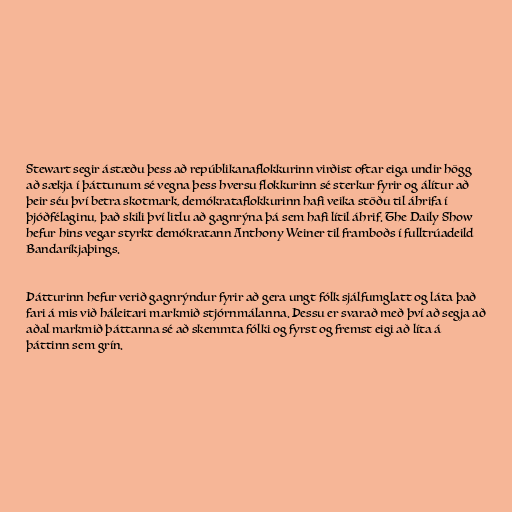
Stewart segir ástæðu þess að repúblikanaflokkurinn virðist oftar eiga undir högg
að sækja í þáttunum sé vegna þess hversu flokkurinn sé sterkur fyrir og álítur að
þeir séu því betra skotmark, demókrataflokkurinn hafi veika stöðu til áhrifa í
þjóðfélaginu, það skili því litlu að gagnrýna þá sem hafi lítil áhrif. The Daily Show
hefur hins vegar styrkt demókratann Anthony Weiner til framboðs í fulltrúadeild
Bandaríkjaþings.

Þátturinn hefur verið gagnrýndur fyrir að gera ungt fólk sjálfumglatt og láta það
fari á mis við háleitari markmið stjórnmálanna. Þessu er svarað með því að segja að
aðal markmið þáttanna sé að skemmta fólki og fyrst og fremst eigi að líta á
þáttinn sem grín.